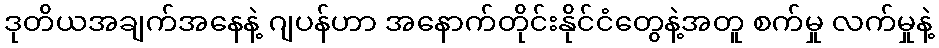
ဒုတိယအချက်အနေနဲ့ ဂျပန်ဟာ အနောက်တိုင်းနိုင်ငံတွေနဲ့အတူ စက်မှု လက်မှုနဲ့